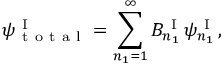
\psi _ { \mathrm { ~ t ~ o ~ t ~ a ~ l ~ } } ^ { \mathrm { ~ I ~ } } = \sum _ { n _ { 1 } = 1 } ^ { \infty } B _ { n _ { 1 } } ^ { \mathrm { ~ I ~ } } \psi _ { n _ { 1 } } ^ { \mathrm { ~ I ~ } } ,